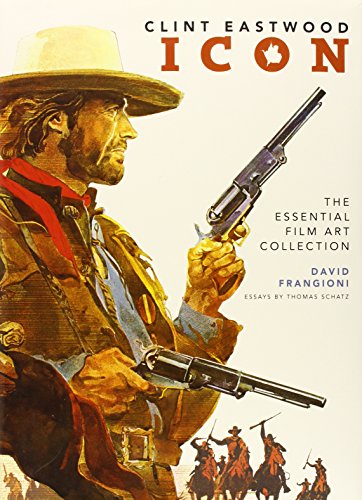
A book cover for Clint Eastwood Icon: The Essential Film Art Collection; David Frangioni; Crafts, Hobbies & Home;